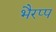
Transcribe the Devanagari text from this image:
भैरप्प